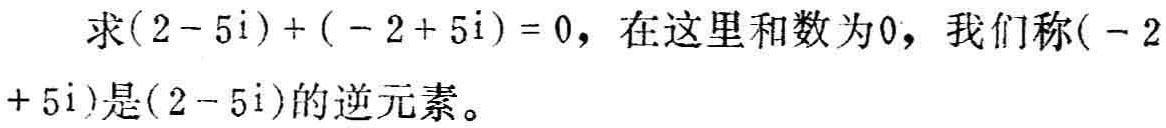
求\((2 - 5\mathrm{i})+(-2 + 5\mathrm{i}) = 0\)，在这里和数为\(0\)，我们称\((-2 + 5\mathrm{i})\)是\((2 - 5\mathrm{i})\)的逆元素。